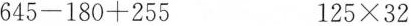
$$645-180+255$$ $$125\times 32$$